Insane asylums in Bengal annual reports 1876-1887 - 1876-1887
Year: 1876
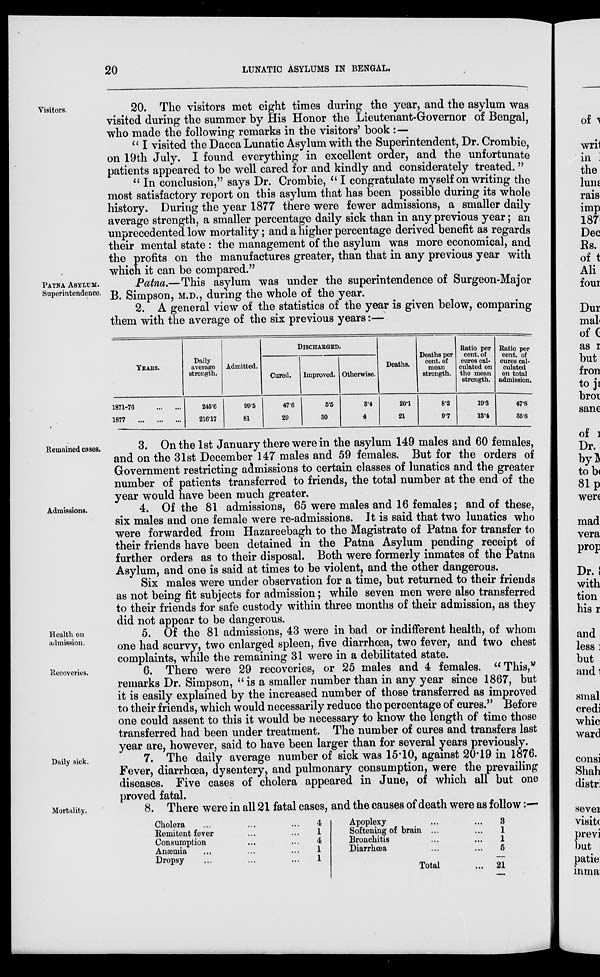
20
LUNATIC ASYLUMS IN BENGAL.
Visitors.
20. The visitors met eight times during the year, and the asylum was
visited during the summer by His Honor the Lieutenant-Governor of Bengal,
who made the following remarks in the visitors' book :—
" I visited the Dacca Lunatic Asylum with the Superintendent, Dr. Crombie,
on 19th July. I found everything in excellent order, and the unfortunate
patients appeared to be well cared for and kindly and considerately treated. "
" In conclusion," says Dr. Crombie, " I congratulate myself on writing the
most satisfactory report on this asylum that has been possible during its whole
history. During the year 1877 there were fewer admissions, a smaller daily
average strength, a smaller percentage daily sick than in any previous year; an
unprecedented low mortality; and a higher percentage derived benefit as regards
their mental state : the management of the asylum was more economical, and
the profits on the manufactures greater, than that in any previous year with
which it can be compared."
PATNA ASYLUM.
Superintendence.
Patna.—This asylum was under the superintendence of Surgeon-Major
B. Simpson, M.D., during the whole of the year.
2. A general view of the statistics of the year is given below, comparing
them with the average of the six previous years:—
YEARS.
1871-76
...
...
1877
...
...
...
Daily
average
strength.
245.6
216.17
Admitted.
99.5
81
DISCHARGED.
Cured.
47.6
29
Improved.
5.5
30
Otherwise.
3.4
4
Deaths.
20.1
21
Deaths per
cent. of
mean
strength.
8.2
9.7
Ratio per
cent. of
cures cal-
culated on
the mean
strength.
19.3
13.4
Ratio per
cent. of
cures cal-
culated
on total
admission.
47.8
35.8
Remained cases.
3. On the 1st January there were in the asylum 149 males and 60 females,
and on the 31st December 147 males and 59 females. But for the orders of
Government restricting admissions to certain classes of lunatics and the greater
number of patients transferred to friends, the total number at the end of the
year would have been much greater.
Admissions.
4. Of the 81 admissions, 65 were males and 16 females; and of these,
six males and one female were re-admissions. It is said that two lunatics who
were forwarded from Hazareebagh to the Magistrate of Patna for transfer to
their friends have been detained in the Patna Asylum pending receipt of
further orders as to their disposal. Both were formerly inmates of the Patna
Asylum, and one is said at times to be violent, and the other dangerous.
Six males were under observation for a time, but returned to their friends
as not being fit subjects for admission; while seven men were also transferred
to their friends for safe custody within three months of their admission, as they
did not appear to be dangerous.
Health on
admission.
5. Of the 81 admissions, 43 were in bad or indifferent health, of whom
one had scurvy, two enlarged spleen, five diarrhœa, two fever, and two chest
complaints, while the remaining 31 were in a debilitated state.
Recoveries.
6. There were 29 recoveries, or 25 males and 4 females. " This,"
remarks Dr. Simpson, "is a smaller number than in any year since 1867, but
it is easily explained by the increased number of those transferred as improved
to their friends, which would necessarily reduce the percentage of cures." Before
one could assent to this it would be necessary to know the length of time those
transferred had been under treatment. The number of cures and transfers last
year are, however, said to have been larger than for several years previously.
Daily sick.
7. The daily average number of sick was 15.10, against 20.19 in 1876.
Fever, diarrhœa, dysentery, and pulmonary consumption, were the prevailing
diseases. Five cases of cholera appeared in June, of which all but one
proved fatal.
Mortality.
8. There were in all 21 fatal cases, and the causes of death were as follow:—
Cholera ... ... ...
Remitent fever ... ...
Consumption ... ...
Anæmia ... ... ...
Dropsy ... ... ...
4
1
4
1
1
Apoplexy ... ...
Softening of brain ... ...
Bronchitis ... ...
Diarrhœa ... ...
Total ...
3
1
1
5
21